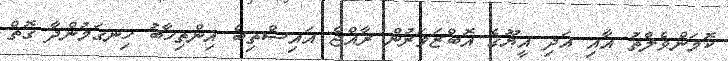
ކޮމަންވެލްތު އާއި އަދި އީޔޫގެ އޮބްޒަވަރުން ރާއްޖެ އައިސްތިބެ އިންތިޚާބު ހިނގަމުންދާ ގޮތް